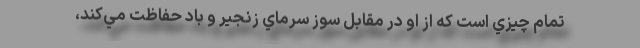
تمام چيزي است كه از او در مقابل سوز سرماي زنجير و باد حفاظت مي‌كند،